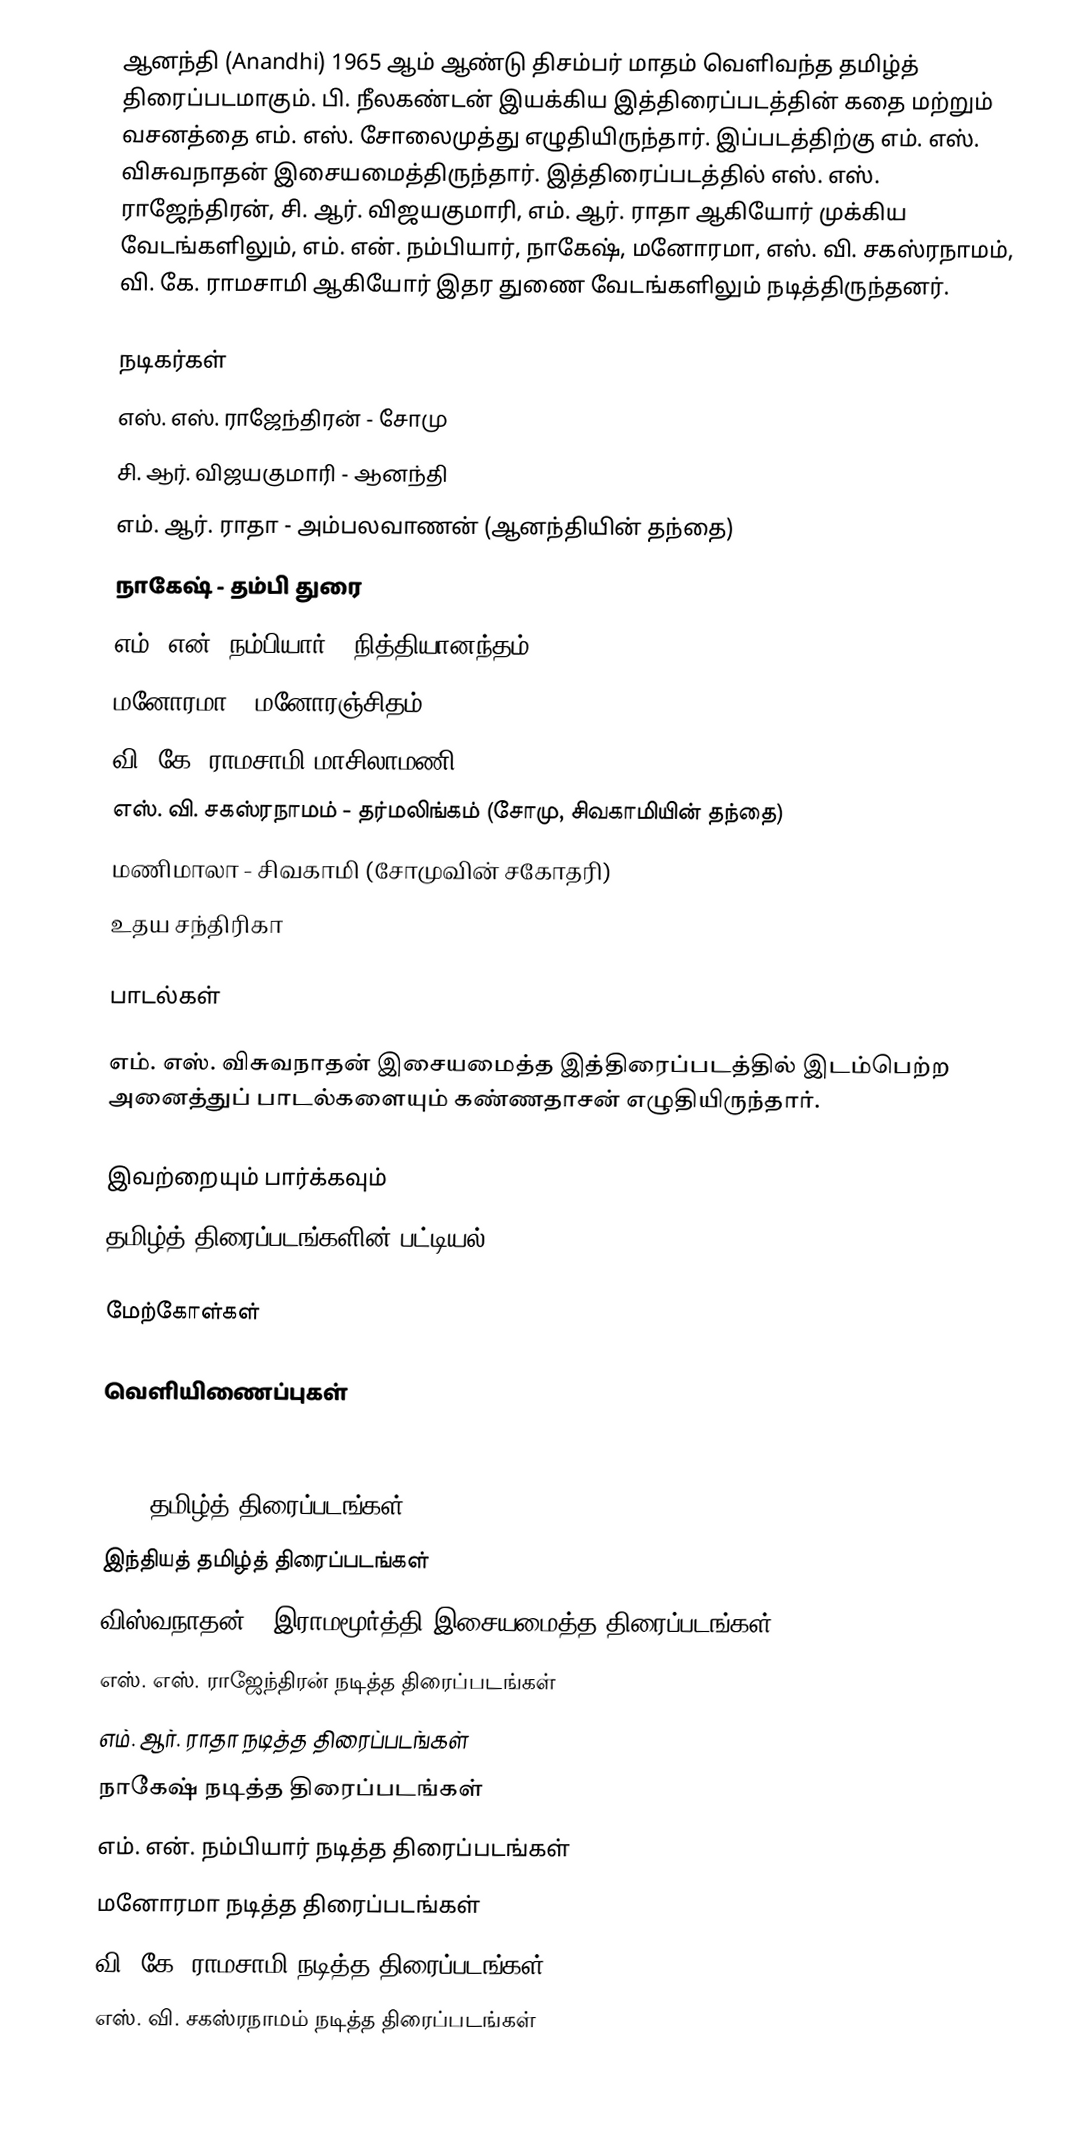
ஆனந்தி (Anandhi) 1965 ஆம் ஆண்டு திசம்பர் மாதம் வெளிவந்த தமிழ்த் திரைப்படமாகும். பி. நீலகண்டன் இயக்கிய இத்திரைப்படத்தின் கதை மற்றும் வசனத்தை எம். எஸ். சோலைமுத்து எழுதியிருந்தார். இப்படத்திற்கு எம். எஸ். விசுவநாதன் இசையமைத்திருந்தார். இத்திரைப்படத்தில் எஸ். எஸ். ராஜேந்திரன், சி. ஆர். விஜயகுமாரி, எம். ஆர். ராதா ஆகியோர் முக்கிய வேடங்களிலும், எம். என். நம்பியார், நாகேஷ், மனோரமா, எஸ். வி. சகஸ்ரநாமம், வி. கே. ராமசாமி ஆகியோர் இதர துணை வேடங்களிலும் நடித்திருந்தனர்.

நடிகர்கள்
 எஸ். எஸ். ராஜேந்திரன் - சோமு
 சி. ஆர். விஜயகுமாரி - ஆனந்தி
 எம். ஆர். ராதா - அம்பலவாணன் (ஆனந்தியின் தந்தை)
 நாகேஷ் - தம்பி துரை
 எம். என். நம்பியார் - நித்தியானந்தம்
 மனோரமா - மனோரஞ்சிதம்
 வி. கே. ராமசாமி மாசிலாமணி
 எஸ். வி. சகஸ்ரநாமம் - தர்மலிங்கம் (சோமு, சிவகாமியின் தந்தை)
 மணிமாலா - சிவகாமி (சோமுவின் சகோதரி)
 உதய சந்திரிகா

பாடல்கள்

எம். எஸ். விசுவநாதன் இசையமைத்த இத்திரைப்படத்தில் இடம்பெற்ற அனைத்துப் பாடல்களையும் கண்ணதாசன் எழுதியிருந்தார்.

இவற்றையும் பார்க்கவும்
 தமிழ்த் திரைப்படங்களின் பட்டியல், 1965

மேற்கோள்கள்

வெளியிணைப்புகள்

1965 தமிழ்த் திரைப்படங்கள்
இந்தியத் தமிழ்த் திரைப்படங்கள்
விஸ்வநாதன் - இராமமூர்த்தி இசையமைத்த திரைப்படங்கள்
எஸ். எஸ். ராஜேந்திரன் நடித்த திரைப்படங்கள்
எம். ஆர். ராதா நடித்த திரைப்படங்கள்
நாகேஷ் நடித்த திரைப்படங்கள்
எம். என். நம்பியார் நடித்த திரைப்படங்கள்
மனோரமா நடித்த திரைப்படங்கள்
வி. கே. ராமசாமி நடித்த திரைப்படங்கள்
எஸ். வி. சகஸ்ரநாமம் நடித்த திரைப்படங்கள்